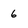
Character: 6